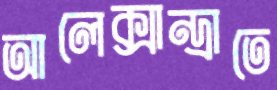
আলেক্সান্দ্রাতে